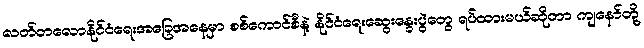
လတ်တလောနိုင်ငံရေးအခြေအနေမှာ စစ်ကောင်စီနဲ့ နိုင်ငံရေးဆွေးနွေးပွဲတွေ ရပ်ထားမယ်ဆိုတာ ကျနော်တို့